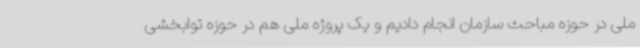
ملی در حوزه مباحث سازمان انجام دادیم و یک پروژه ملی هم در حوزه توابخشی